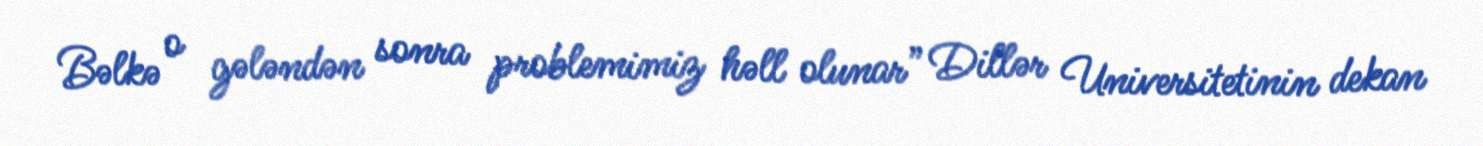
Bəlkə o gələndən sonra problemimiz həll olunar” Dillər Universitetinin dekan